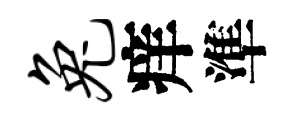
兔痒準